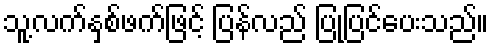
သူ့လက်နှစ်ဖက်ဖြင့် ပြန်လည် ပြုပြင်ပေးသည်။